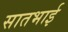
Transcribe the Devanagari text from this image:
सातभाई